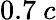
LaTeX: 0.7~c